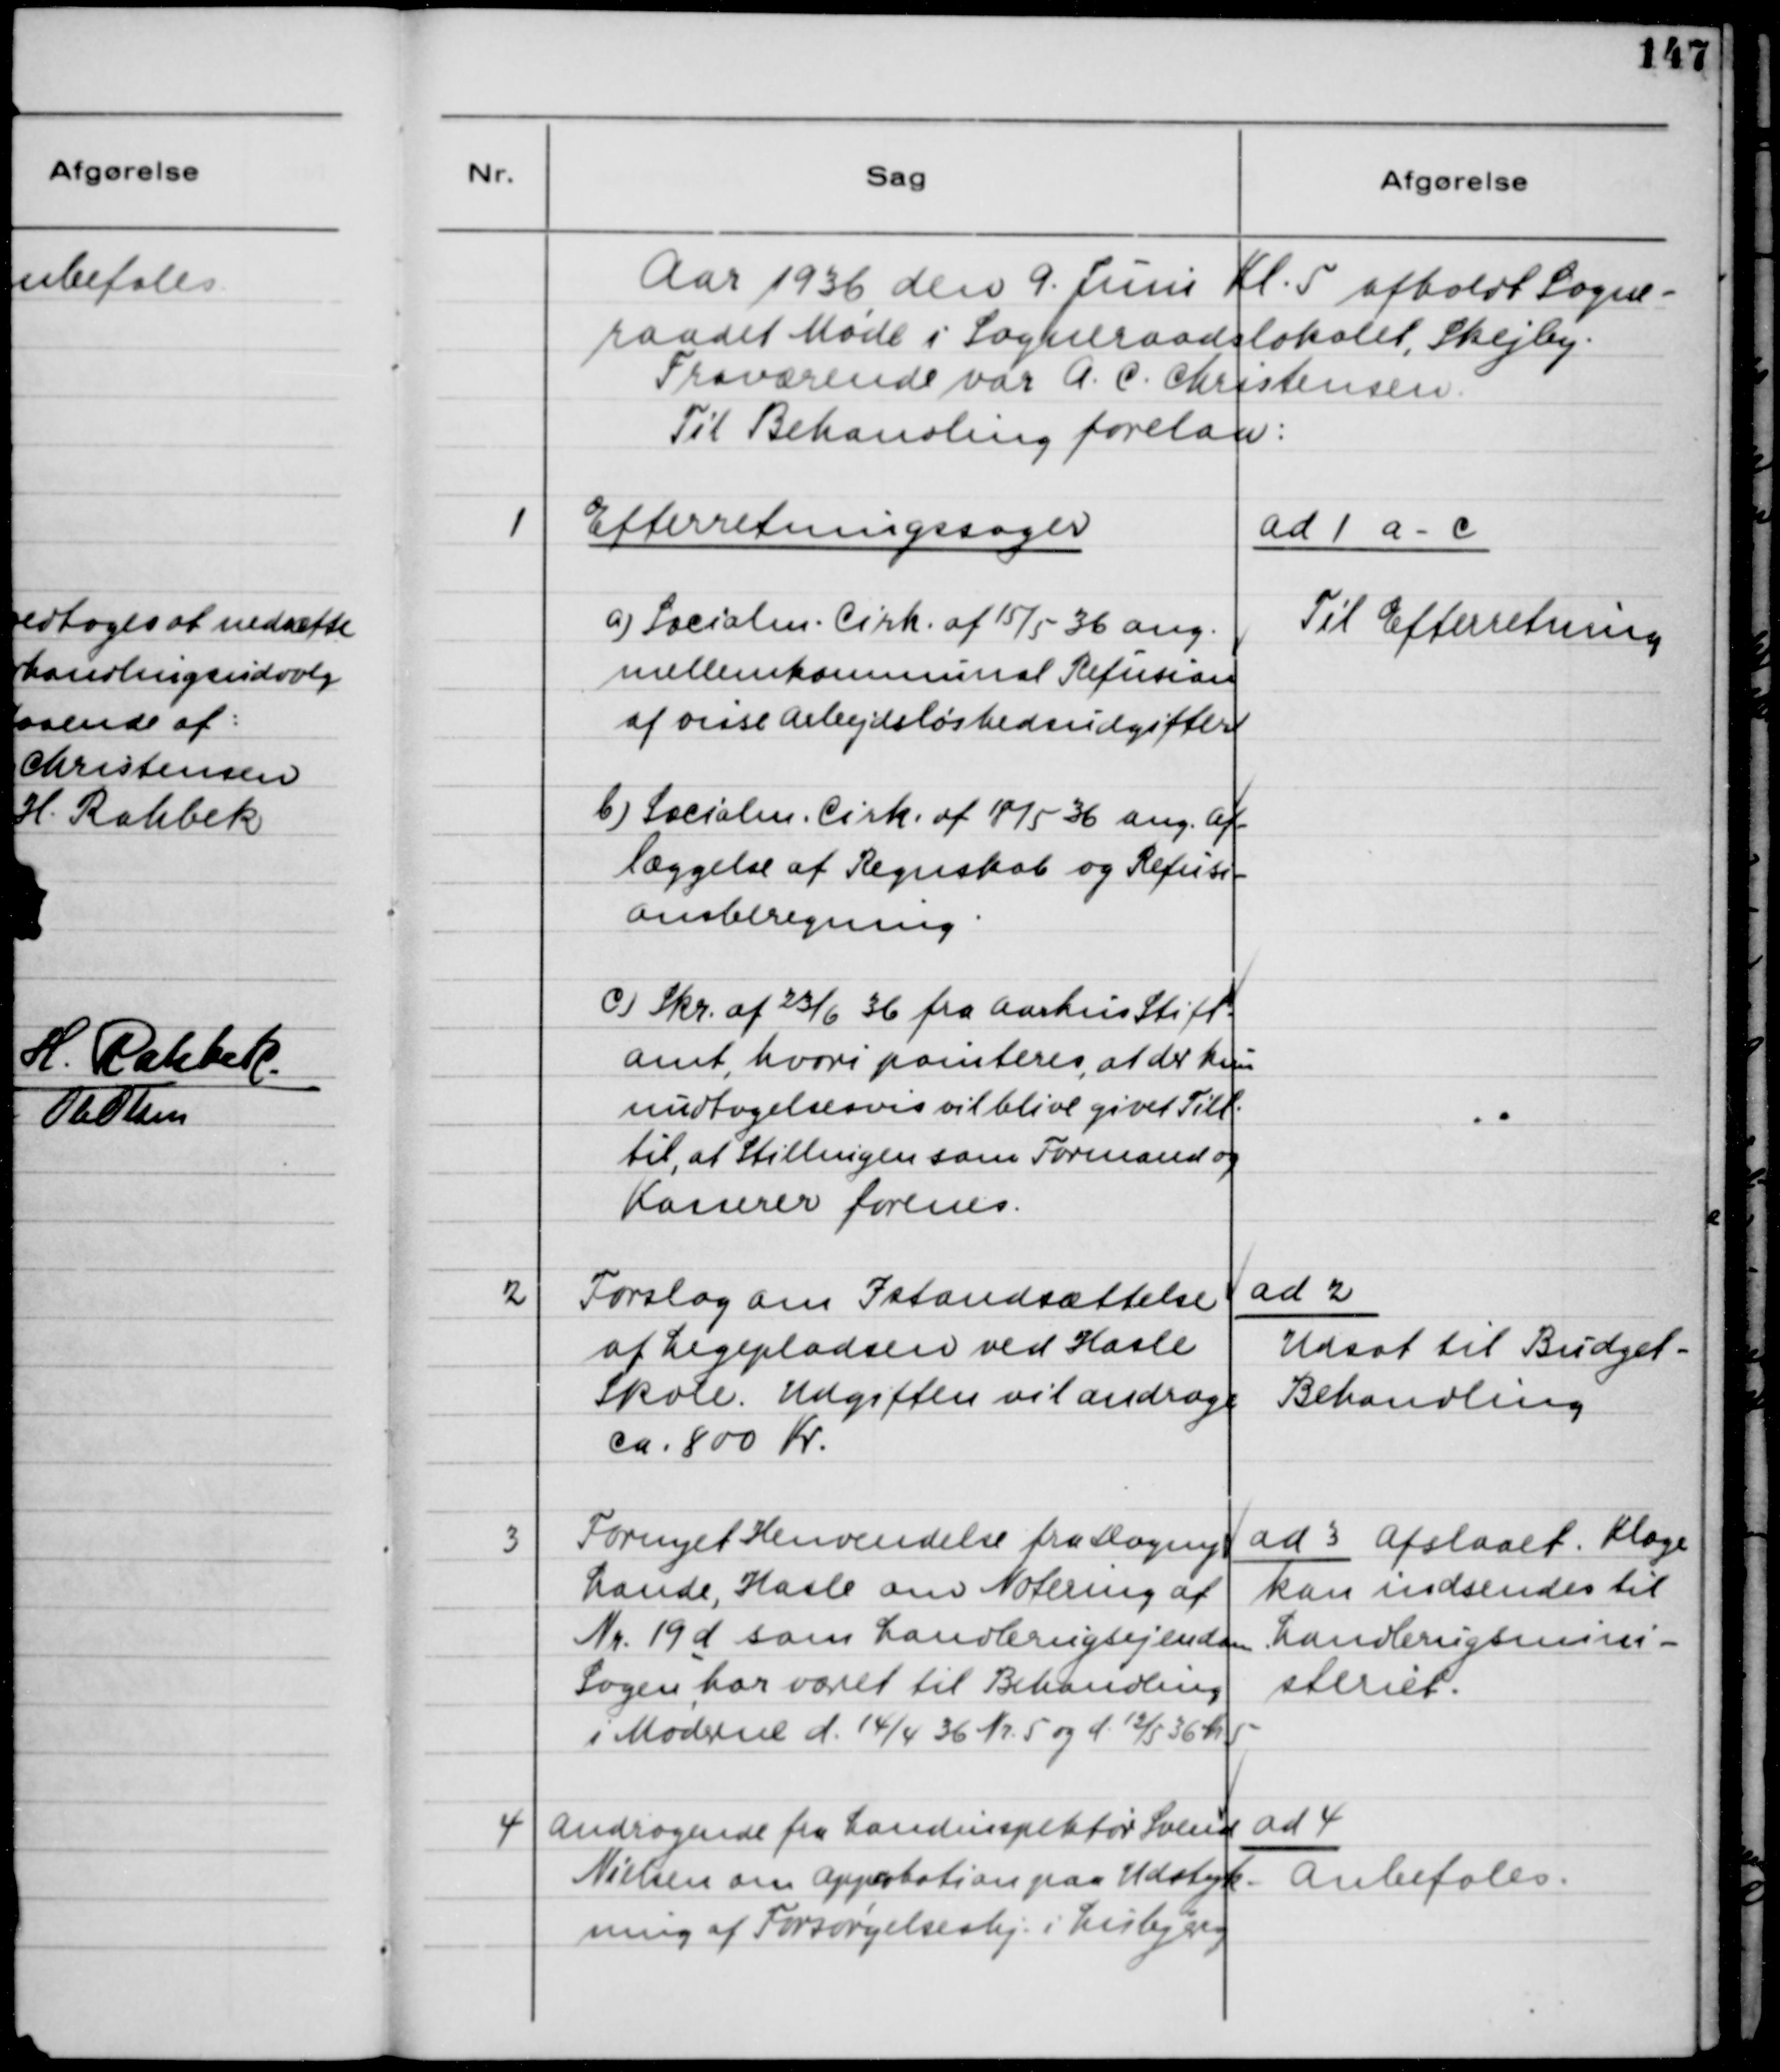
Transskription:
Aar 1936 den 9. Juni Kl. 5 afholdt Sogne-
raadet Møde i Sogneraadslokalet, Skejby.
Fraværende var A.C. Christensen
Til Behandling forelaa:
1
Efterretningssager
a) Socialm. Cirk. af 15/5 36 ang.
mellemkommunal Refusion
af visse Arbejdsløshedsudgifter.
b) Socialm. Cirk. af 18/5 36 ang. af-
læggelse af Regnskab og Refusi-
onsberegning.
c) Skr. af 23/6 36 fra Aarhus Stift
amt, hvori pointeres, at der kun
undtagelsesvis vil blive givet Till.
til, at Stillingen som Formand og
Kasserer forenes.
ad 1 a-c
Til Efterretning
2
Forslag om Istandsættelse
af Legepladsen ved Hasle
Skole. Udgiften vil andrage
ca. 800 Kr.
ad 2
Udsat til Budget-
Behandling
3
Fornyet Henvendelse fra Dagny
Lande, Hasle om Notering af
Nr. 19 d som Landbrugsejendomme
Sagen har været til Behandling
i Møderne d. 14/4 36 Nr. 5 og d 12/5 36 Nr 5
ad 3 Afslaaet. Klage
kan indsendes til
Landbrugsmini-
steriet.
4
Andragende fra Landinspektør Svend
Nielsen om Approbation paa Udstyk-
ning af Forsørgelseshj. i Lisbjerg
ad 4
Anbefales.